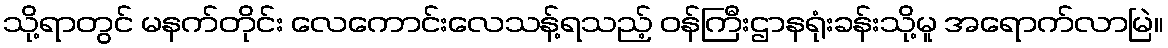
သို့ရာတွင် မနက်တိုင်း လေကောင်းလေသန့်ရသည့် ဝန်ကြီးဌာနရုံးခန်းသို့မူ အရောက်လာမြဲ။